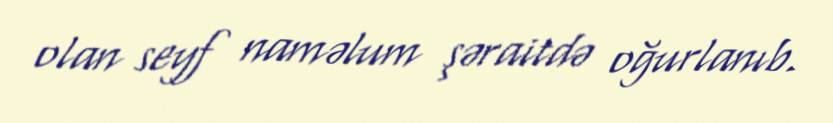
olan seyf naməlum şəraitdə oğurlanıb.